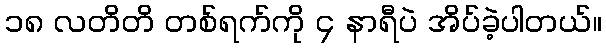
၁၈ လတိတိ တစ်ရက်ကို ၄ နာရီပဲ အိပ်ခဲ့ပါတယ်။